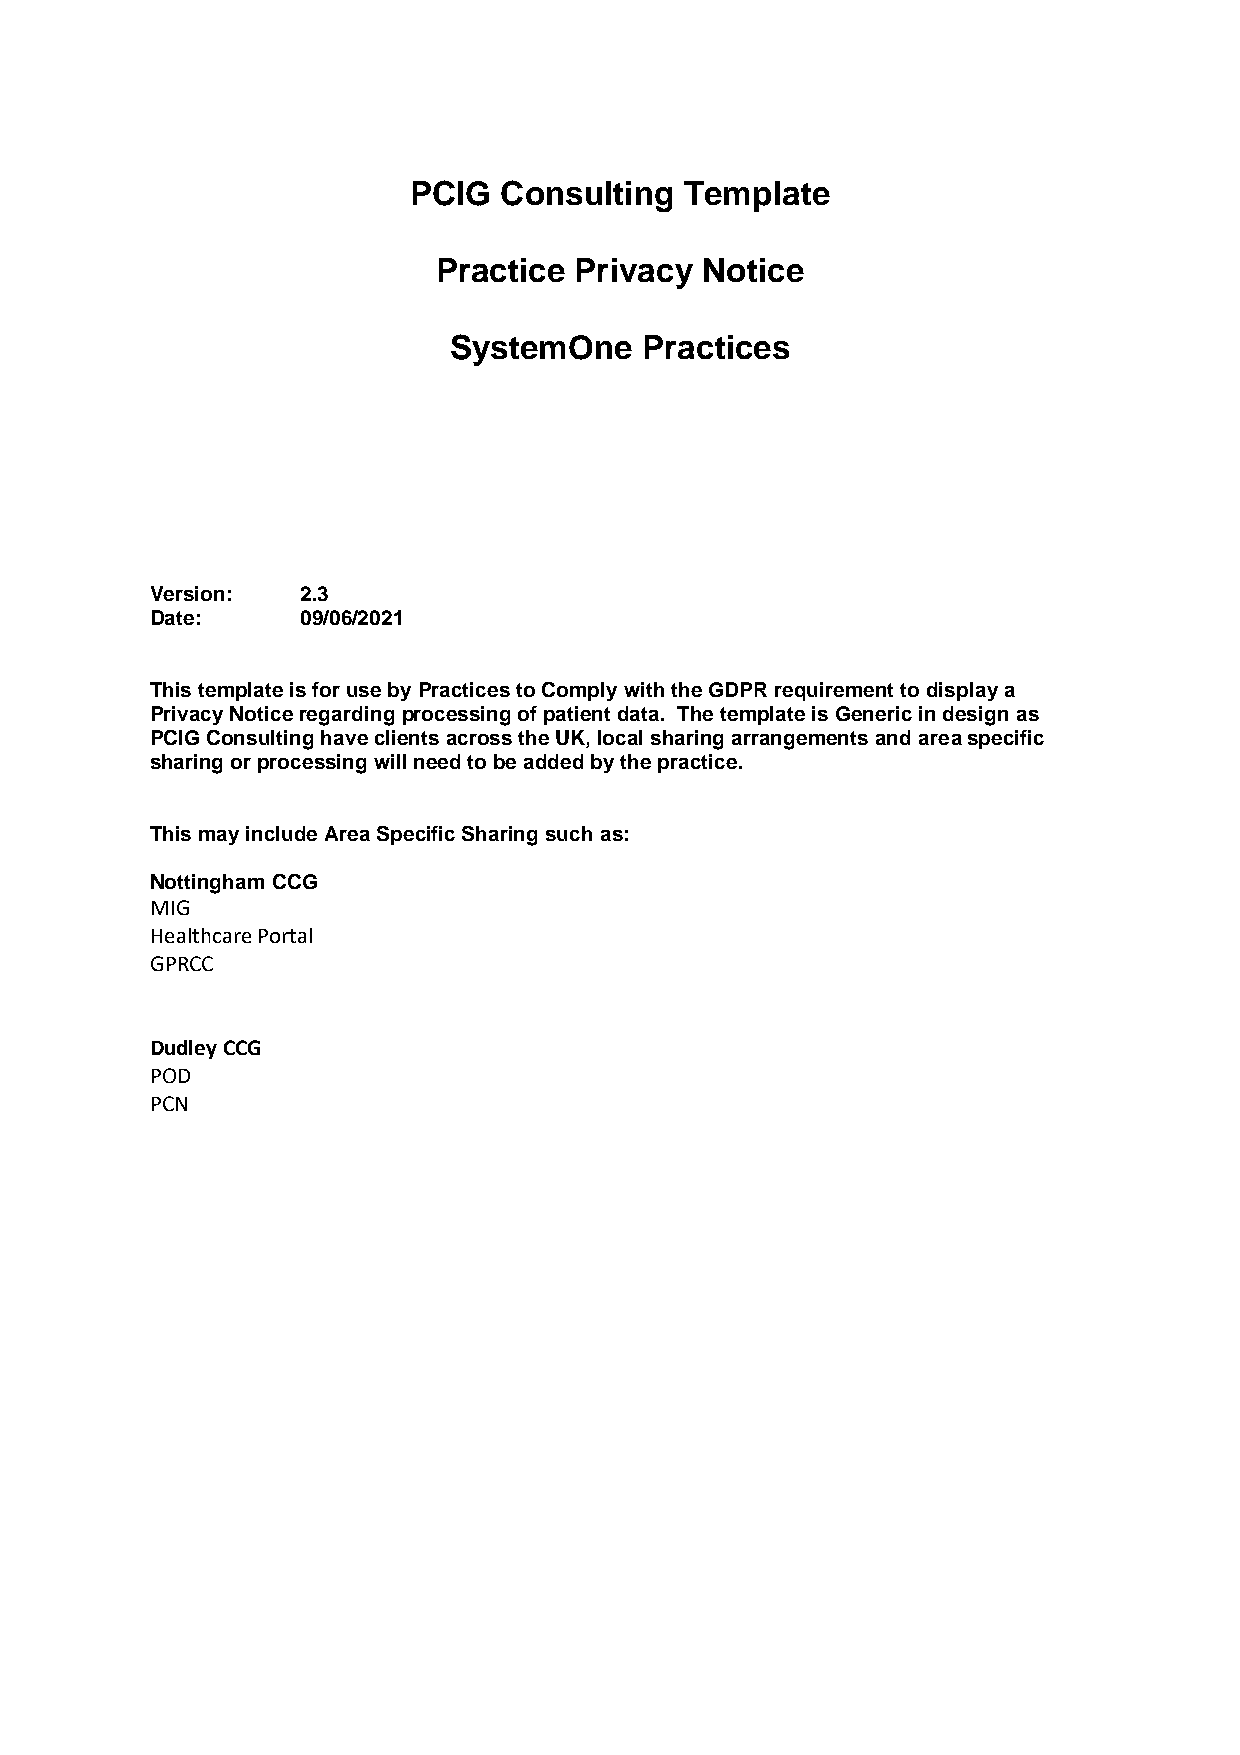
PCIG  Consulting  Template
 Practice Privacy Notice
 SystemOne   Practices
 Version:  2.3
 Date:     09/06/2021
 This template is for use by Practices to Comply with the GDPR requirement to display a
 Privacy Notice regarding processing of patient data. The template is Generic in design as
 PCIG Consulting have clients across the UK, local sharing arrangements and area specific
 sharing or processing will need to be added by the practice.
 This may include Area Specific Sharing such as:
 Nottingham CCG
 MIG
 Healthcare Portal
 GPRCC
 Dudley CCG
 POD
 PCN